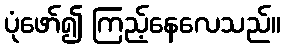
ပုံဖော်၍ ကြည့်နေလေသည်။